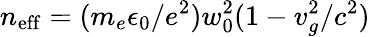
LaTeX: n_{\mathrm{eff}}=(m_{e}\epsilon_{0}/e^{2})w_{0}^{2}(1-v_{g}^{2}/c^{2})